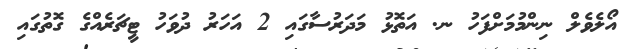
އޯލެވެލް ނިންމުމަށްފަހު ނ. އަތޮޅު މަދަރުސާގައި 2 އަހަރު ދުވަހު ޓީޗަރެއްގެ ގޮތުގައި